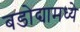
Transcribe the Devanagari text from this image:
बडोद्यामध्ये